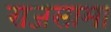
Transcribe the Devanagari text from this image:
राजसामा